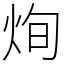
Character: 𤈎